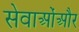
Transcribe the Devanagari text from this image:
सेवाओंऔर